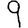
Digit: 9